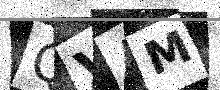
Text: QVAM